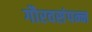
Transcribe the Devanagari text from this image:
गौरवसंपन्न